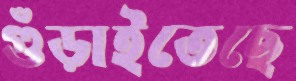
গুঁড়াইতেছে